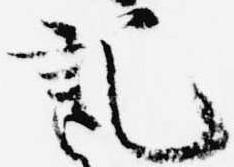
記